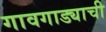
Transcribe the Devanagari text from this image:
गावगाड्याची